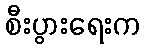
စီးပွားရေးက